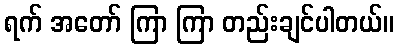
ရက် အတော် ကြာ ကြာ တည်းချင်ပါတယ်။